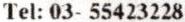
TEL: 03- 55423228